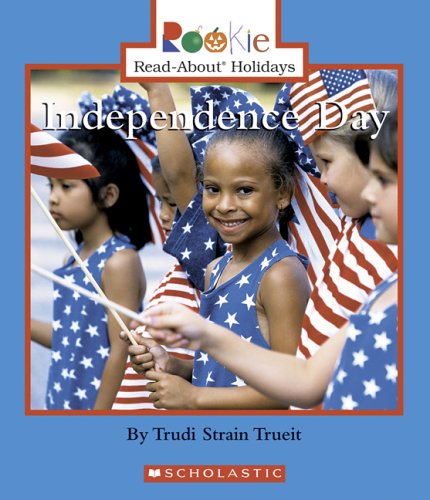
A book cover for Independence Day (Rookie Read-About Holidays); Trudi Strain Trueit; Children's Books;